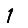
Digit: 1